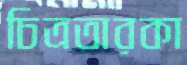
চিত্রতারকা